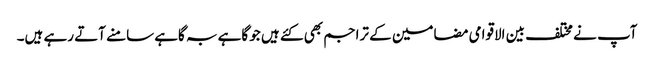
آپ نے مختلف بین الاقوامی مضامین کے تراجم بھی کئے ہیں جو گاہے بہ گاہے سامنے آتے رہے ہیں۔